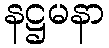
နဋ္ဌမနာ